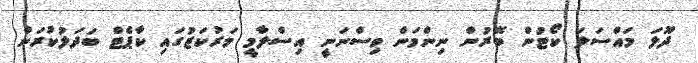
ދޫލަ މައްސަލަ ކޯޓުން ބޭރުން ނިންމަން ވިސްނަނީ އިސްލާމީ މަރުކަޒުގައި ކާޕެޓް ބަދަލުކުރަން